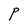
Character: P